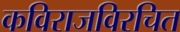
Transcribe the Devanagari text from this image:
कविराजविरचित